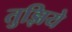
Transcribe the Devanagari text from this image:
तुझिये